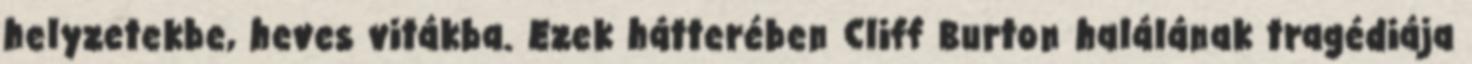
helyzetekbe, heves vitákba. Ezek hátterében Cliff Burton halálának tragédiája